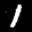
Label: 1